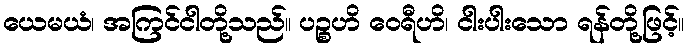
ယေမယံ၊ အကြင်ငါတို့သည်။ ပဉ္စဟိ ဝေရီဟိ၊ ငါးပါးသော ရန်တို့ဖြင့်။